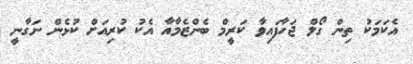
އެކަމަކު ތިން ގޯލް ޖަހާފައިވާ ކަރީމް ބެންޒެމާއާ އެކު ކުރިއަށް ކުޅެން ނަގާނީ